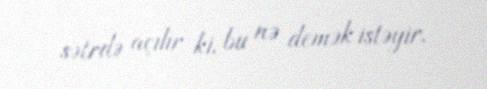
sətrdə açılır ki, bu nə demək istəyir.